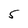
Character: 5